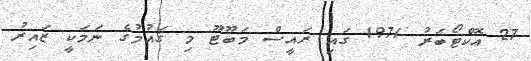
27 އޮކްޓޯބަރު 1971 ގައި ރައީސް މަބޫޓޫ މި ޤައުމުގެ ނަމަކީ ޒައިރު